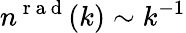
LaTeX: n^{\mathrm{~r~a~d~}}(k)\sim k^{-1}